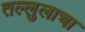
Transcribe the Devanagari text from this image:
तल्लुलाचा